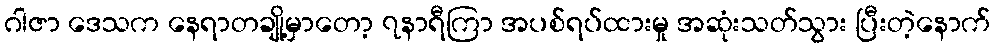
ဂါဇာ ဒေသက နေရာတချို့မှာတော့ ၇နာရီကြာ အပစ်ရပ်ထားမှု အဆုံးသတ်သွား ပြီးတဲ့နောက်